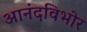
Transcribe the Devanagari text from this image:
आनंदविभोर